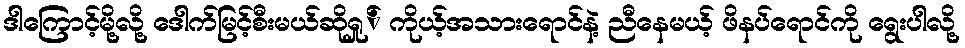
ဒါကြောင့်မို့လို့ ဒေါက်မြင့်စီးမယ်ဆိုရှု် ကိုယ့်အသားရောင်နဲ့ ညီနေမယ့် ဖိနပ်ရောင်ကို ရွေးပါလို့